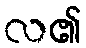
လ၏